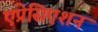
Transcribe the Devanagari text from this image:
एप्रेसिएशन